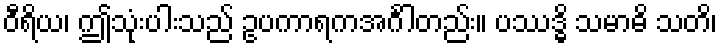
ဝီရိယ၊ ဤသုံးပါးသည် ဥပကာရကအင်္ဂါတည်း။ ပဿဒ္ဓိ သမာဓိ သတိ၊